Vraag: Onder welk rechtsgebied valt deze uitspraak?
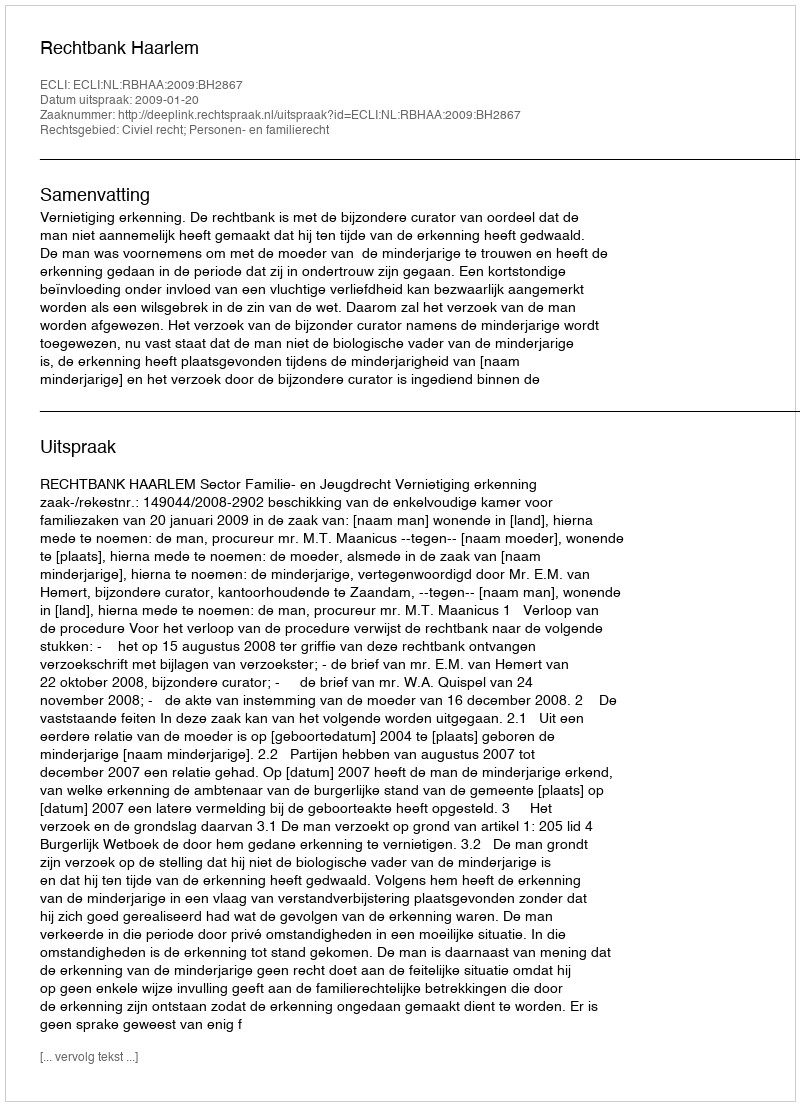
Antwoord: Civiel recht; Personen- en familierecht